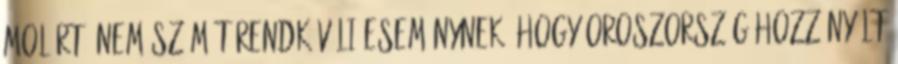
MOL Rt. Nem számít rendkívüli eseménynek, hogy Oroszország hozzányúlt